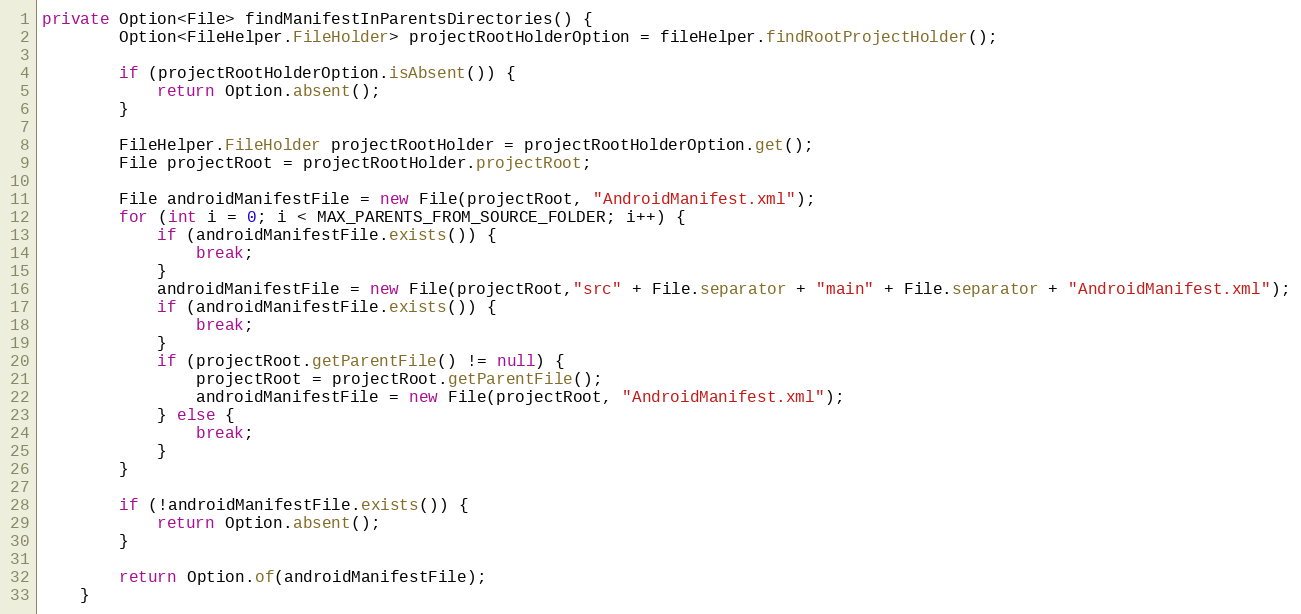
Language: Java
private Option<File> findManifestInParentsDirectories() {
		Option<FileHelper.FileHolder> projectRootHolderOption = fileHelper.findRootProjectHolder();

        if (projectRootHolderOption.isAbsent()) {
			return Option.absent();
		}

		FileHelper.FileHolder projectRootHolder = projectRootHolderOption.get();
		File projectRoot = projectRootHolder.projectRoot;

		File androidManifestFile = new File(projectRoot, "AndroidManifest.xml");
		for (int i = 0; i < MAX_PARENTS_FROM_SOURCE_FOLDER; i++) {
			if (androidManifestFile.exists()) {
				break;
			}
            androidManifestFile = new File(projectRoot,"src" + File.separator + "main" + File.separator + "AndroidManifest.xml");
            if (androidManifestFile.exists()) {
                break;
            }
            if (projectRoot.getParentFile() != null) {
                projectRoot = projectRoot.getParentFile();
                androidManifestFile = new File(projectRoot, "AndroidManifest.xml");
            } else {
                break;
            }
		}

		if (!androidManifestFile.exists()) {
            return Option.absent();
		}

		return Option.of(androidManifestFile);
	}